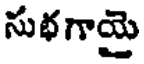
సుభగాయై